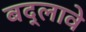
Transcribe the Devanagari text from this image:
बद्लावे